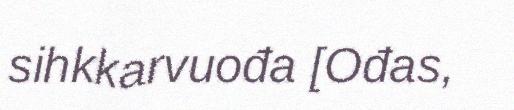
sihkkarvuođa [Ođas,